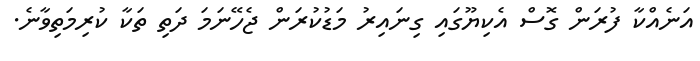
އަނެއްކާ ފުރަން ގޮސް އެކިޔޫގައި ގިނައިރު މަޑުކުރަން ޖެހޭނަމަ ދަތި ތަކާ ކުރިމަތިވާނެ.